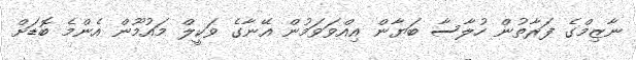
ނާޒިމްގެ ފަރާތުން ހުލާސާ ބަޔާން އިއްވަވަމުން އޭނާގެ ވަކީލް މައުމޫން އެންމެ ބޮޑަށް